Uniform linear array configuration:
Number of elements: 16
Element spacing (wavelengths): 0.5
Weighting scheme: hamming
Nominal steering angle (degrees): -30
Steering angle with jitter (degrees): -31.452
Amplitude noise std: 0.05
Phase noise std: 0.05

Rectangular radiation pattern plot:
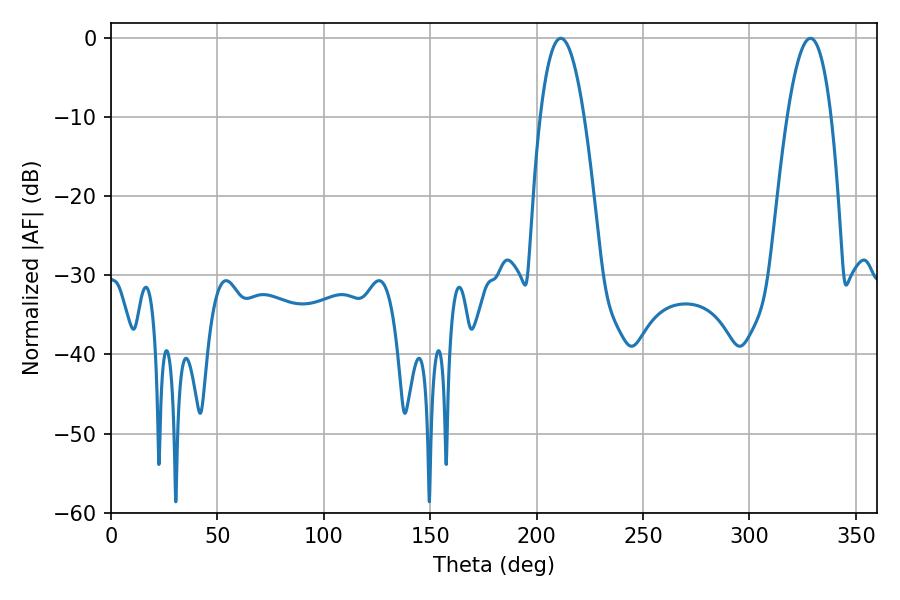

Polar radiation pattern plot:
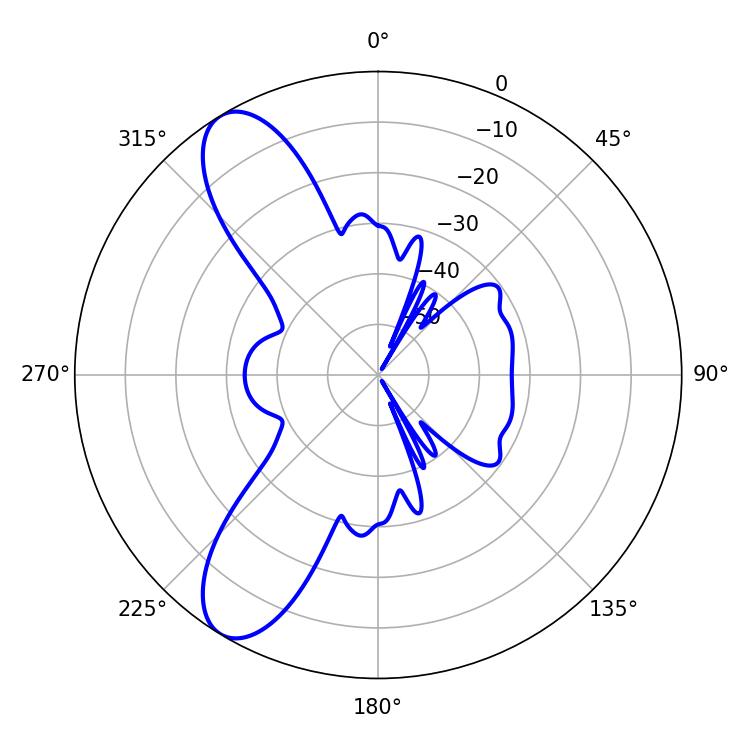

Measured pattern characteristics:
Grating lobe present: FALSE
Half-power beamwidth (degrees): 11.34
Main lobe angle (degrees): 211.32